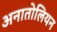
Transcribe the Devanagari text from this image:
अनातोलियन